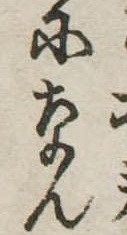
になん